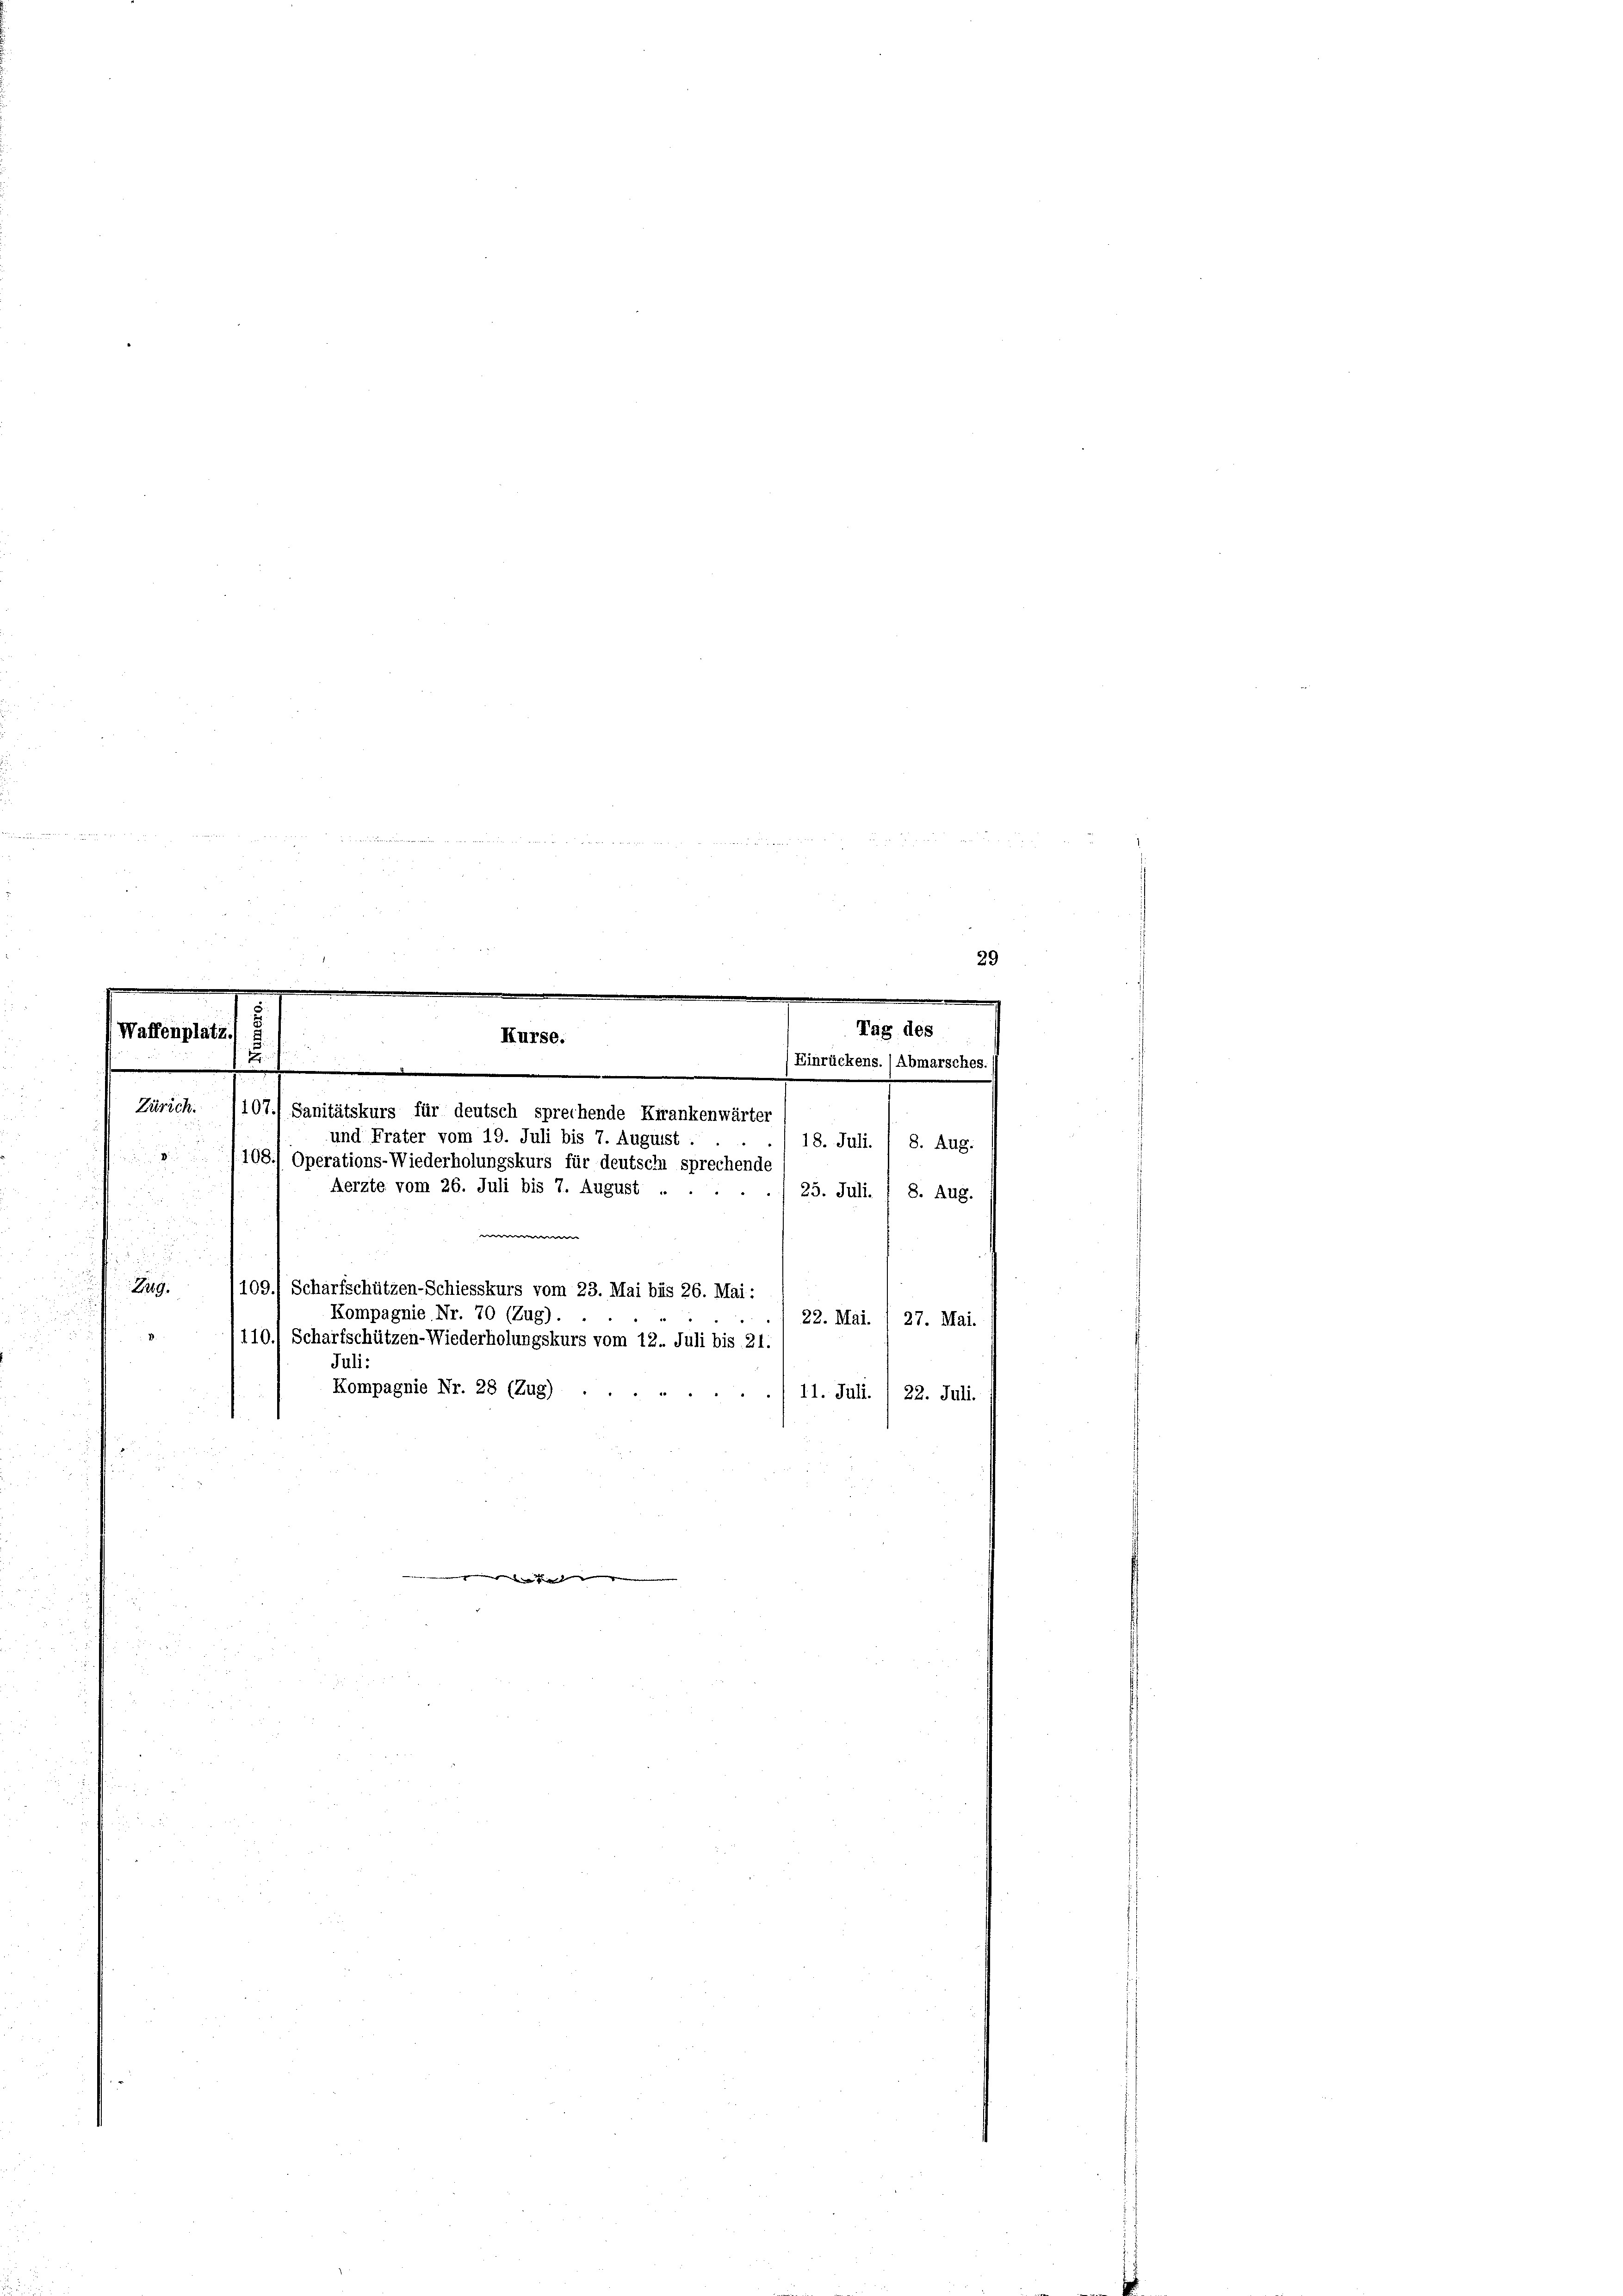
Zug.

.
.
3
e
5
Waffenplatz
Kurse.
2
21
Binrückens. (Abmarsches.)
.
Zürich. 107.) Sanitätskurs für deutsch sprechende Krankenwärter
und Frater vom 19. Juli bis 7. Auguist
18. Juli. / 8. Aug.
4
108.) Operations-Wiederholungskurs für deutsche sprechende
u
Aerzte vom 26. Juli bis 7. August
“
25. Juli. I 8. Aug.

5
¬

¬
e
e
s
2
n
29

11. Juli. I 22. Juli.
e

Kompagnie Nr. 28 (Zug) ..

e
109.) Scharfschützen-Schiesskurs vom 23. Mai bis 26. Mai:
Kompagnie Nr. 70 (Zug) . .
22. Mai. 27. Mai.
110.) Scharfschützen-Wiederholungskurs vom 12. Juli bis 21.
Juli

Tag des